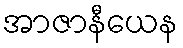
အာဇာနီယေန